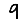
Digit: 9